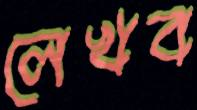
লেখব